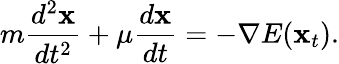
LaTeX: m\frac{d^{2}{\mathbf x}}{dt^{2}}+\mu\frac{d{\mathbf x}}{dt}=-\nabla E({\mathbf x}_{t}).